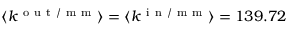
\langle k ^ { \mathrm { ~ o ~ u ~ t ~ / ~ m ~ m ~ } } \rangle = \langle k ^ { \mathrm { ~ i ~ n ~ / ~ m ~ m ~ } } \rangle = 1 3 9 . 7 2